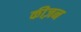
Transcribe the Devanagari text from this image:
कीज़न